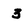
Character: 3